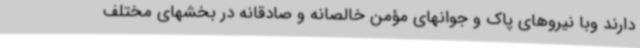
دارند وبا نیروهای پاک و جوانهای مؤمن خالصانه و صادقانه در بخشهای مختلف